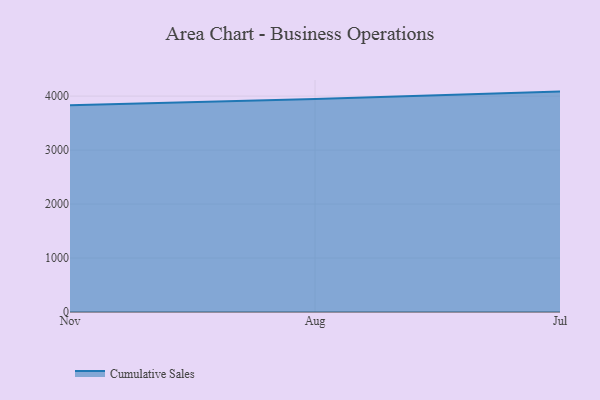
{"axis": {"x": "Month", "y": "Page Views"}, "legend": ["Cumulative Sales"], "data": [{"x": "Nov", "y": 3830.0, "type": "Cumulative Sales"}, {"x": "Aug", "y": 3946.3, "type": "Cumulative Sales"}, {"x": "Jul", "y": 4083.4, "type": "Cumulative Sales"}]}